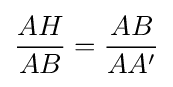
{\frac {AH}{AB}}={\frac {AB}{AA'}}